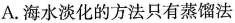
A.海水淡化的方法只有蒸馏法